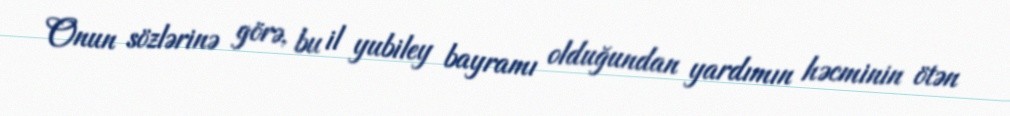
Onun sözlərinə görə, bu il yubiley bayramı olduğundan yardımın həcminin ötən